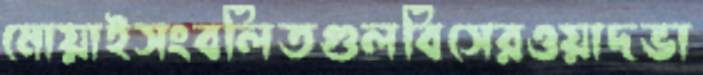
মোয়াইসংবলিতগুলবিসেরওয়াদভা